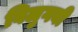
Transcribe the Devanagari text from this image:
विलुगबी